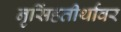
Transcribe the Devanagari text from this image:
नृसिंहतीर्थावर